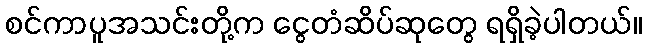
စင်ကာပူအသင်းတို့က ငွေတံဆိပ်ဆုတွေ ရရှိခဲ့ပါတယ်။